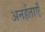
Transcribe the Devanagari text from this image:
अनर्हताएँ